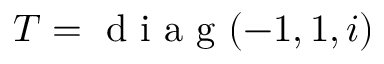
T = \mathrm { ~ d ~ i ~ a ~ g ~ } ( - 1 , 1 , i )